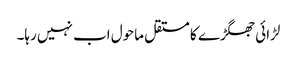
لڑائی جھگڑے کا مستقل ماحول اب نہیں رہا۔